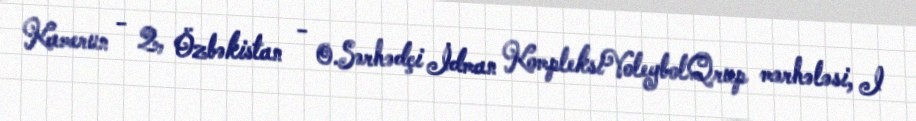
Kamerun - 2, Özbəkistan - 0.Sərhədçi İdman KompleksiVoleybolQrup mərhələsi, I